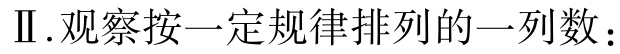
Ⅱ.观察按一定规律排列的一列数：